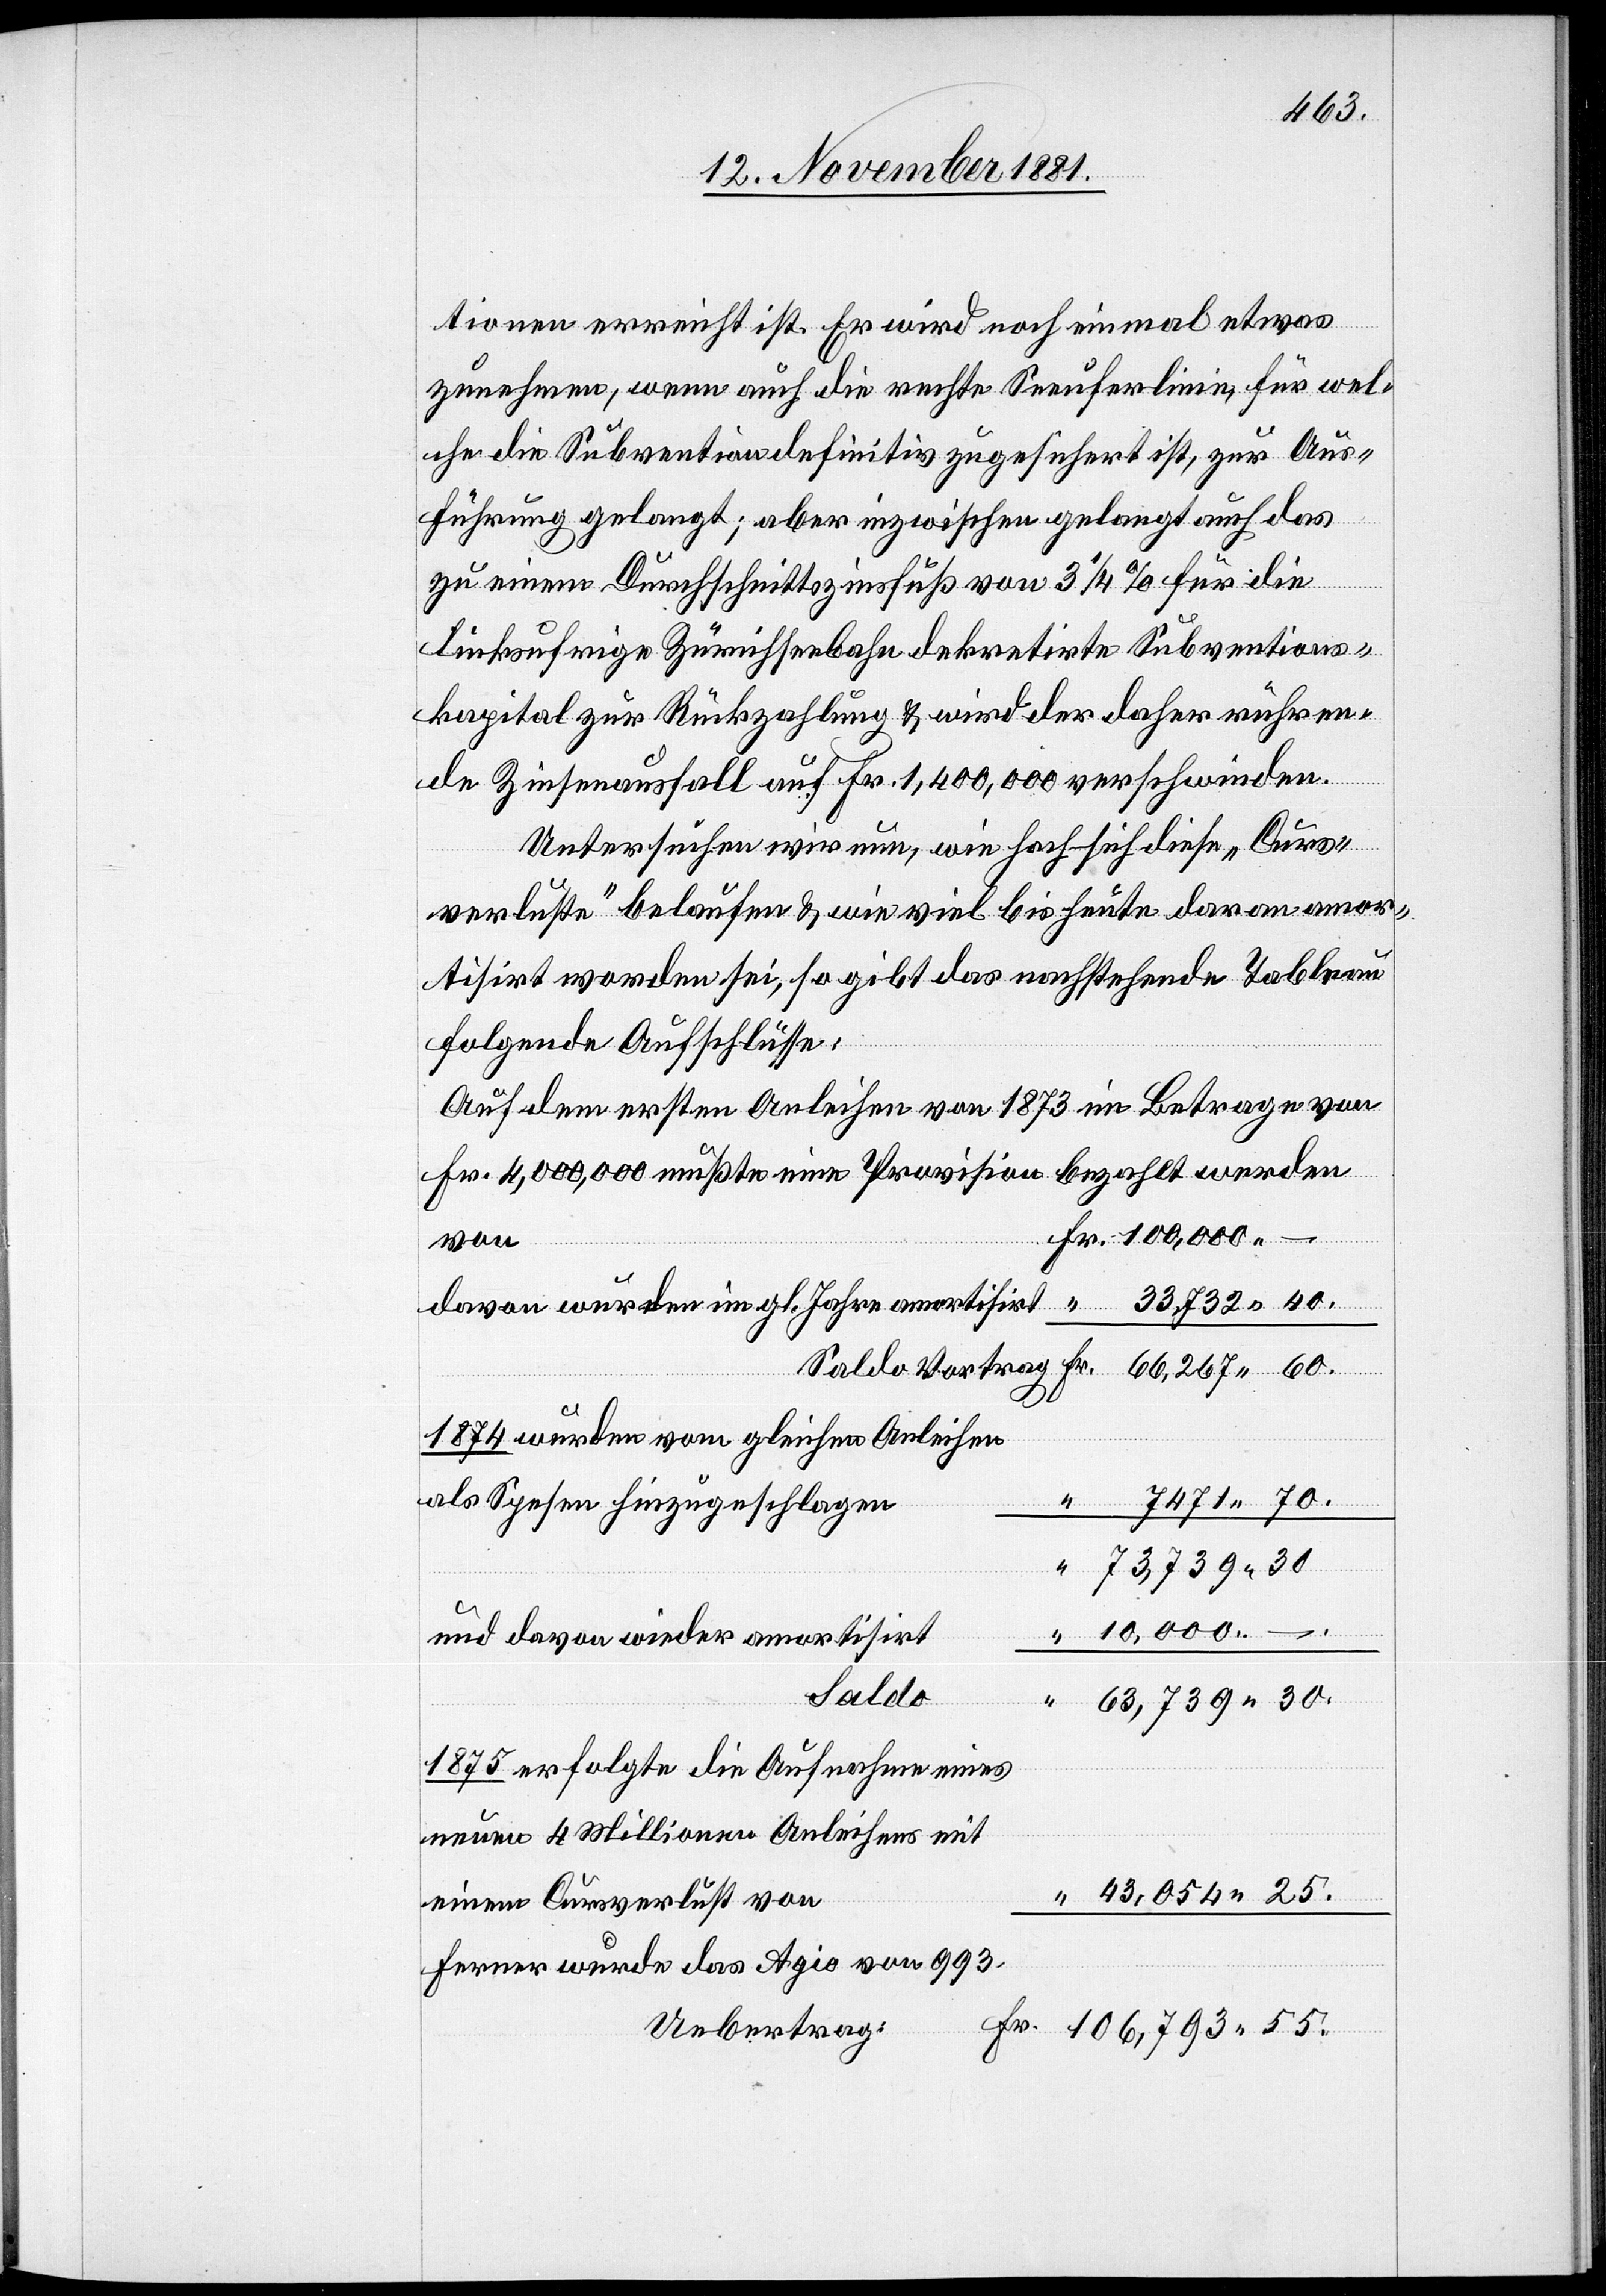
–
tion erreicht ist. Er wird noch einmal etwas
zunehmen, wenn auch die rechte Seeuferlinie, für wel¬
che die Subvention definitiv zugesichert ist, zur Aus¬
führung gelangt; aber inzwischen gelangt auch das
zu einem Durchschnittszinsfuß von 3 1/4% für die
einem
linksufrige Zürichseebahn dekretirte Subventions¬
kapital zur Rückzahlung & wird der daher rühren¬
de Zinsausfall auf Fr. 1,400,000 verschwinden.
Untersuchen wir nun, wie hoch sich diese „Curs¬
verluste“ belaufen & wie viel bis heute davon amor¬
tisirt worden sei, so gibt das nachstehende Tableau
folgende Aufschlüsse:
Auf dem ersten Anleihen von 1873 im Betrage von
Fr. 4,000,000 mußte eine Provision bezahlt werden
1874 wurden vom gleichen Anleihen
und
als Spesen hinzugeschlagen
7471 70.
60.
“ 73,739 30
“ 10,000 –
Saldo
“ 63,739 30.
1875 erfolgte die Aufnahme eines
neuen 4 Millionen Anleihens mit
“ 43,054 25.
Ferner wurde das Agio von 993.